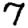
Digit: 7